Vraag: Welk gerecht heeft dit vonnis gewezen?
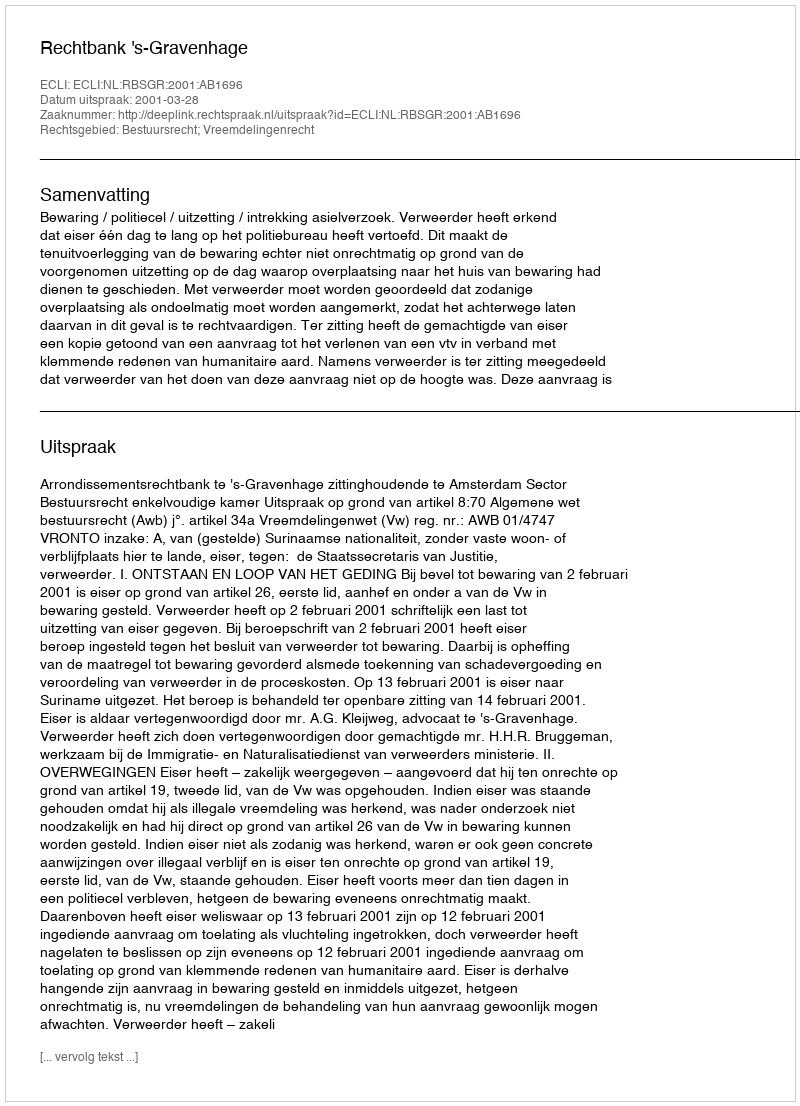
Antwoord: Rechtbank 's-Gravenhage